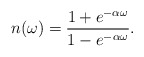
\begin{align*}n(\omega) = {{1 + e^{-\alpha\omega}}\over{1-e^{-\alpha\omega}}}.\end{align*}